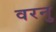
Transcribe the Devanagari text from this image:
वरनु